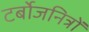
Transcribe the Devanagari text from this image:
टर्बोजनित्रों